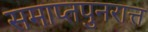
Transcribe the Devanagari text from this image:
समाप्तपुनरात्त